Vaccination in Bombay 1913-1923 - 1913-1923
Year: 1913
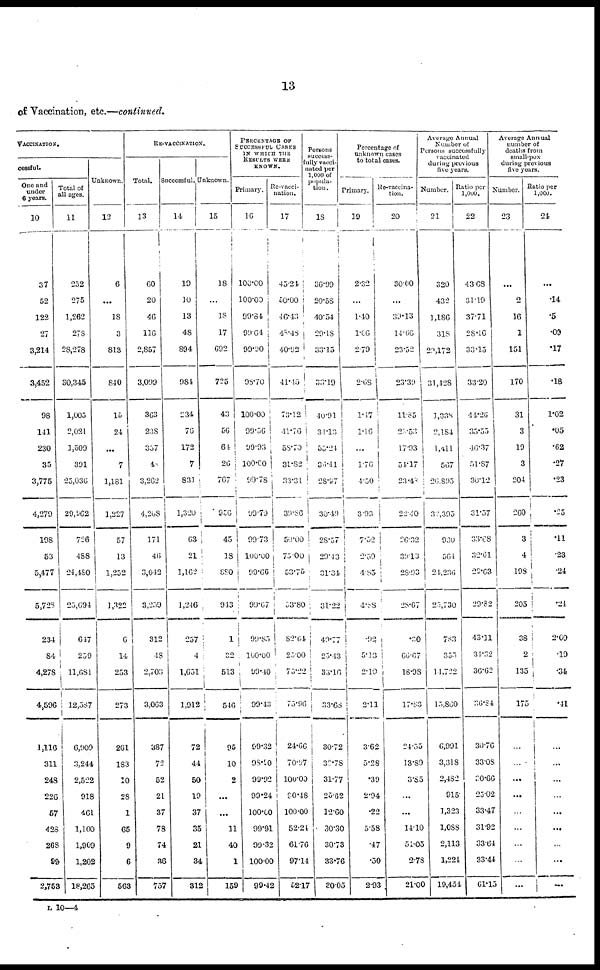
13
of Vaccination, etc.—continued.
VACCINATION.
cessful.
One and
under
6 years.
10
37
52
122
27
3,214
3,452
98
141
230
35
3,775
4,279
198
53
5,477
5,728
234
84
4,278
4,596
1,116
311
248
226
57
428
268
99
2,753
Total of
all ages.
11
252
275
1,262
278
28,278
30,345
1,005
2,021
1,509
391
23,036
29,962
726
488
24,480
25,694
647
259
11,681
12,387
6,909
3,244
2,522
918
461
1,100
1,909
1,202
18,265
Unknown.
12
6
...
18
3
813
840
15
24
...
7
1,181
1,227
57
13
1,252
1,322
6
14
253
273
261
183
10
28
1
65
9
6
563
RE-VACCINATION.
Total.
13
60
20
46
116
2,857
3,099
363
238
357
4
3,262
4,208
171
46
3,042
3,259
312
18
2,703
3,063
387
72
52
21
37
78
74
36
757
Successful.
14
19
10
13
48
894
984
234
70
172
7
831
1,320
63
21
1,162
1,246
257
4
1,651
1,912
72
44
50
19
37
35
21
34
312
Unknown.
15
18
...
18
17
692
725
43
56
64
26
767
956
45
18
880
943
1
32
513
546
95
10
2
...
...
11
40
1
159
PERCENTAGE OF
SUCCESSFUL CASES
IN WHICH THE
RESULTS WERE
KNOWN.
Primary.
16
100.00
100.00
99.84
99.64
99.00
98.70
100.00
99.56
99.93
100.00
99.78
99.79
99.73
100.00
99.66
99.67
99.85
100.00
99.40
99.43
99.32
98.90
99.02
99.24
100.00
99.91
99.32
100.00
99.42
Re-vacci¬
nation.
17
45.24
50.00
46.43
48.48
40.02
41.45
73.12
41.76
58.70
31.82
33.31
39.86
50.00
75.00
53.75
53.80
82.64
25.00
73.22
73.96
24.66
70.97
100.00
90.48
100.00
52.24
61.76
97.14
52.17
Persons
success¬
fully vacci¬
nated per
1,000 of
tion.
18
36.99
20.58
40.54
29.18
33.15
33.19
40.91
34.13
55.24
36.41
28.97
30.49
28.57
20.43
31.34
31.22
49.77
25.43
33.16
33.68
30.72
32.78
31.77
25.62
12.60
30.30
30.73
33.76
30.05
Percentage of
unknown cases
to total cases.
Primary.
19
2.32
...
1.40
1.06
2.79
2.68
1.47
1.16
...
1.76
4.50
3.93
7.52
2.59
4.85
4.88
.92
5.13
2.10
2.11
3.62
5.28
.39
2.94
.22
5.58
.47
.50
2.93
Re-vaccina¬
tion.
20
30.00
...
39.13
14.66
23.52
23.39
11.85
22.53
17.93
54.17
23.43
22.40
26.32
30.13
28.93
28.67
. 20
66.67
18.98
17.83
24.55
13.89
3.85
...
...
14.10
54.05
2.78
21.00
Average Annual
Number of
Persons successfully
vaccinated
during previous
five years.
Number.
21
320
432
1,186
318
29,172
31,428
1,338
2,184
1,411
567
26,895
32,395
930
564
24,236
25,730
783
355
14,722
15,860
6,991
3,318
2,482
915
1,323
1,088
2,113
1,224
19,454
Ratio per
1,000.
22
43.68
31.19
37.71
28.16
33.15
33.20
41.26
35.53
46.37
51.87
30.12
31.57
33.68
32.61
23.63
29.82
43.11
34.32
30.G2
36.84
30.76
33.08
30.66
25.02
33.47
31.92
33.64
33.44
61.13
Average Annual
number of
deaths from
small-pox
during previous
five years.
Number.
23
...
2
16
1
151
170
31
3
19
3
204
260
3
4
198
205
38
2
135
175
...
...
...
...
...
...
...
...
...
Ratio per
1,000.
24
...
.14
.5
.09
.17
.18
1.02
.05
.62
.27
.23
.25
.11
.23
.24
.24
2.09
.19
.34
.41
...
...
...
...
...
...
...
...
...
L 10—4